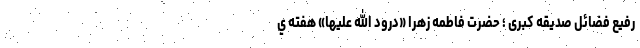
رفیع فضائل صدیقه کبری ؛ حضرت فاطمه زهرا «درود الله علیها» هفته ي